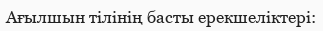
Ағылшын тілінің басты ерекшеліктері: